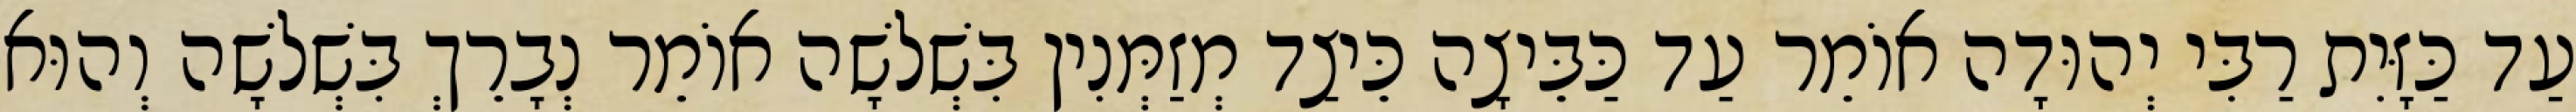
עַד כַּזָּיִת רַבִּי יְהוּדָה אוֹמֵר עַד כַּבֵּיצָה כֵּיצַד מְזַמְּנִין בִּשְׁלשָׁה אוֹמֵר נְבָרֵךְ בִּשְׁלשָׁה וְהוּא